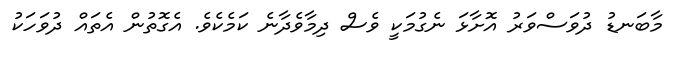
މާބަނޑު ދުވަސްވަރު އޮށާޅަ ނެގުމަކީ ވެސް ދިމާވެދާނެ ކަމެކެވެ. އެގޮތުން އެތައް ދުވަހަކު